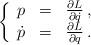
LaTeX: \begin{align*}\left\{\begin{array}{ccc}p & = & \frac{\partial L}{\partial \dot{q}}\, , \\\dot{p} & = & \frac{\partial L}{\partial q}\, .\end{array}\right.\end{align*}